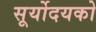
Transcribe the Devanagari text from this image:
सूर्योदयको